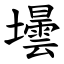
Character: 壜